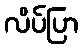
လိပ်ပြာ